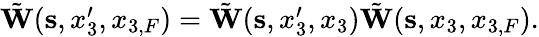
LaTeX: \begin{array}{r}{\tilde{\mathbf W}({\mathbf s},x_{3}^{\prime},x_{3,F})=\tilde{\mathbf W}({\mathbf s},x_{3}^{\prime},x_{3})\tilde{\mathbf W}({\mathbf s},x_{3},x_{3,F}).}\end{array}